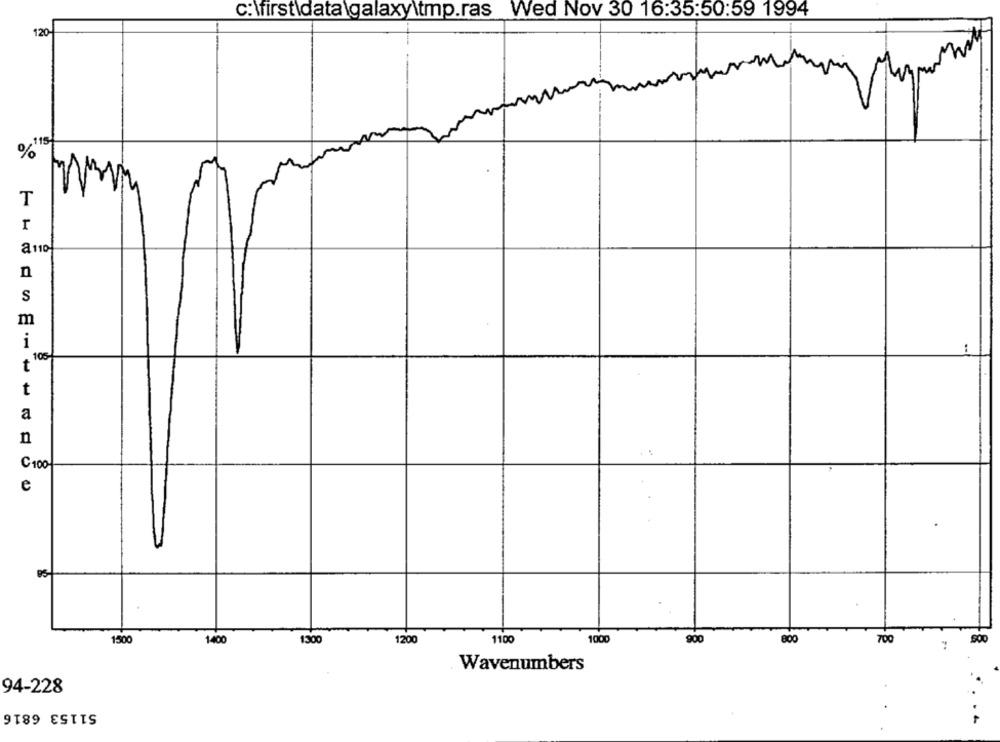
c: \first\data\galaxy\tmp.ras
Wed Nov 30 16:35:50:59 1994
120
0% 115
T
r
a 110
n
S
m
i
:
105
t
t
a
n
C100
e
150
1300
1200
1100
1000
900
800
700
1400
Wavenumbers
94-228
51153 6816